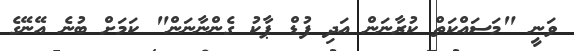
ވަނީ "މަސައްކަތް ކުރާނަން އަދި ފުޑް ޕާކު ގެންނާނަން" ކަމަށް ބުނެ އޭނޭގެ